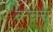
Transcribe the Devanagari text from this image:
क़वच